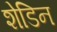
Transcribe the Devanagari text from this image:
शेडिन